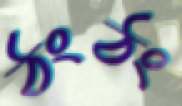
ঠংঠং